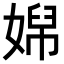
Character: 𡞭